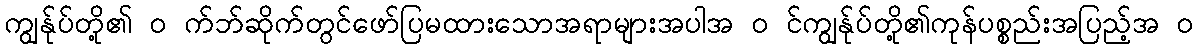
ကျွန်ုပ်တို့၏ ၀ က်ဘ်ဆိုက်တွင်ဖော်ပြမထားသောအရာများအပါအ ၀ င်ကျွန်ုပ်တို့၏ကုန်ပစ္စည်းအပြည့်အ ၀